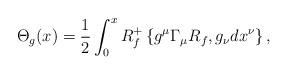
LaTeX: \begin{align*}\Theta_{g}(x)=\frac{1}{2}\int_{0}^{x} R^{+}_{f}\left\{ g^{\mu}\Gamma_{\mu}R_{f}, g_{\nu}dx^{\nu}\right\},\end{align*}